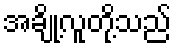
အချို့လူတို့သည်